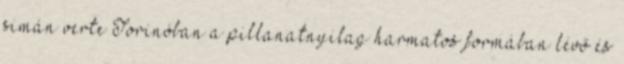
simán verte Torinóban a pillanatnyilag harmatos formában lévő és